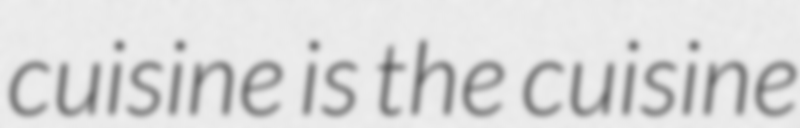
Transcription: cuisine is the cuisine